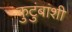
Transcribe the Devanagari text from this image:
कुटुंबांशी